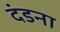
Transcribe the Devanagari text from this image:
दंडना